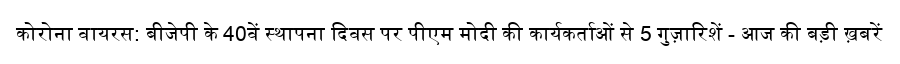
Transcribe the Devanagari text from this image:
कोरोना वायरस: बीजेपी के 40वें स्थापना दिवस पर पीएम मोदी की कार्यकर्ताओं से 5 गुज़ारिशें - आज की बड़ी ख़बरें